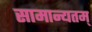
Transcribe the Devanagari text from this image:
सामान्यतम्